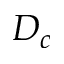
D _ { c }